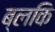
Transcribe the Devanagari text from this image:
ब्लकि